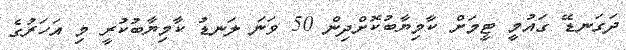
ދަގަނޑޭ ގައުމީ ޓީމަށް ކާމިޔާބުކޮށްދިން 50 ވަނަ ލަނޑު ކާމިޔާބުކުރީ މި އަހަރުގެ